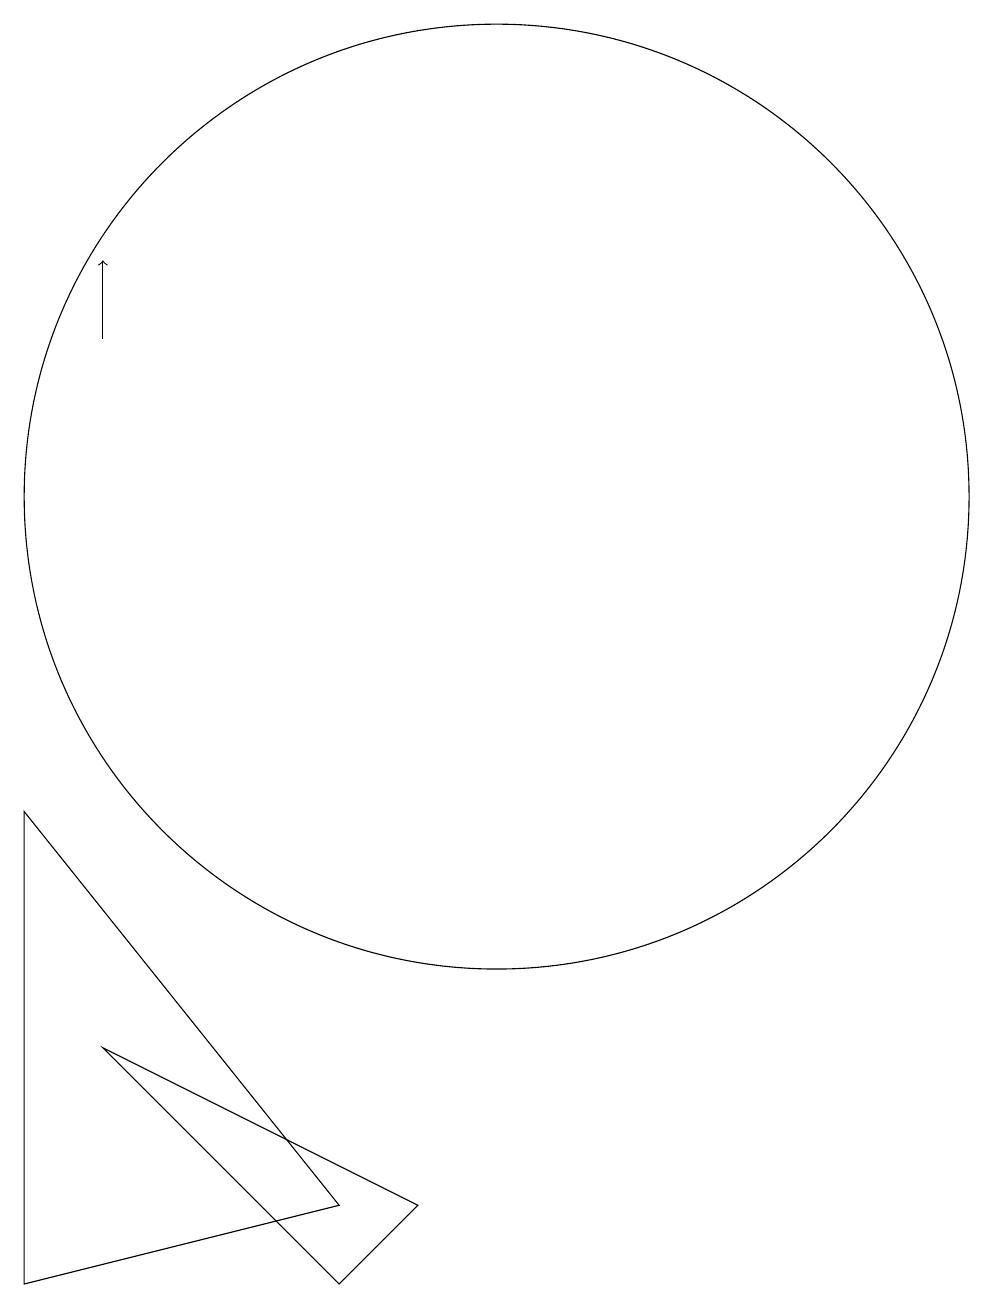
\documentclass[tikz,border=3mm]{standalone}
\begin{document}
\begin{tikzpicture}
\draw (10,10) circle (6);
\draw (4,0) -- (4,6) -- (8,1) -- cycle;
\draw (8,0) -- (9,1) -- (5,3) -- cycle;
\draw[->] (5,12) -- (5,13);
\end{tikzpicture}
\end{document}